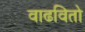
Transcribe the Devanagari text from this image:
वाढवितो